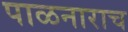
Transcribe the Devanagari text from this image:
पाळनाराच